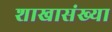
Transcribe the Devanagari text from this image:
शाखासंख्या